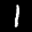
Label: 1